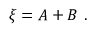
\xi = A + B \ .